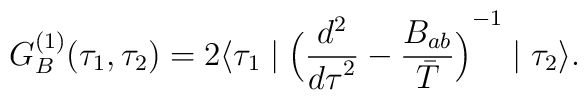
G_B^{(1)}(\tau_1,\tau_2)=2\bigl\langle\tau_1\mid{\Bigl({d^2\over {d\tau}^2}-{B_{ab}\over \bar T}\Bigl)}^{-1}\mid\tau_2\bigr\rangle .